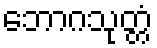
ဘောဂသုတ္တံ